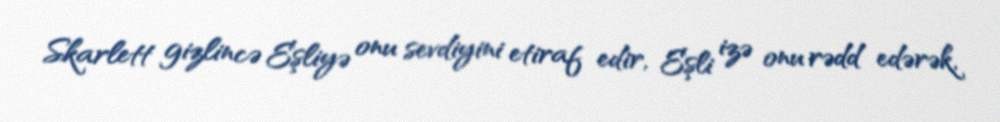
Skarlett gizlincə Eşliyə onu sevdiyini etiraf edir, Eşli izə onu rədd edərək,